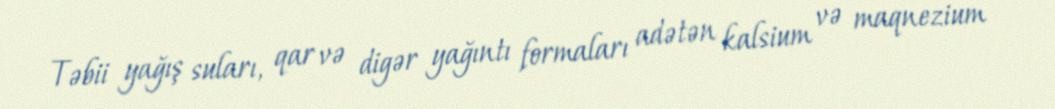
Təbii yağış suları, qar və digər yağıntı formaları adətən kalsium və maqnezium